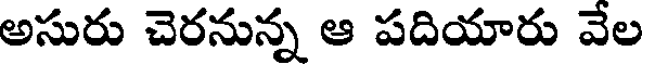
అసురు చెరనున్న ఆ పదియారు వేల